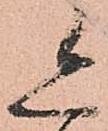
恐